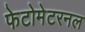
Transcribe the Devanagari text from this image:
फेटोमेटरनल